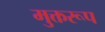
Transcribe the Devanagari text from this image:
मुक्तरूप